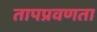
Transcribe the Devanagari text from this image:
तापप्रवणता